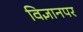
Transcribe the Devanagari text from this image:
विज्ञानपर